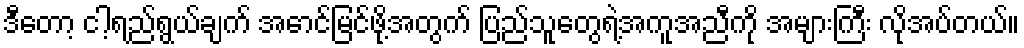
ဒီတော့ ငါ့ရည်ရွယ်ချက် အောင်မြင်ဖို့အတွက် ပြည်သူတွေရဲ့အကူအညီကို အများကြီး လိုအပ်တယ်။